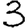
Digit: 3